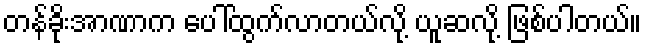
တန်ခိုးအာဏာက ပေါ်ထွက်လာတယ်လို့ ယူဆလို့ ဖြစ်ပါတယ်။